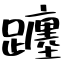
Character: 躔